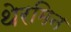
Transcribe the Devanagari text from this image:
थेरमिन